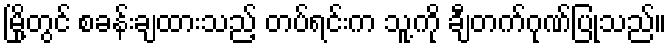
မြို့တွင် စခန်းချထားသည့် တပ်ရင်းက သူ့ကို ချီတက်ဂုဏ်ပြုသည်။